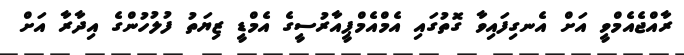
ރާއްޖެއެމްވީ އަށް އެނގިފައިވާ ގޮތުގައި އެމްއެމްޕީއާރުސީގެ އެމްޑީ ޒިޔަތު ފުލުހުންގެ އިދާރާ އަށް